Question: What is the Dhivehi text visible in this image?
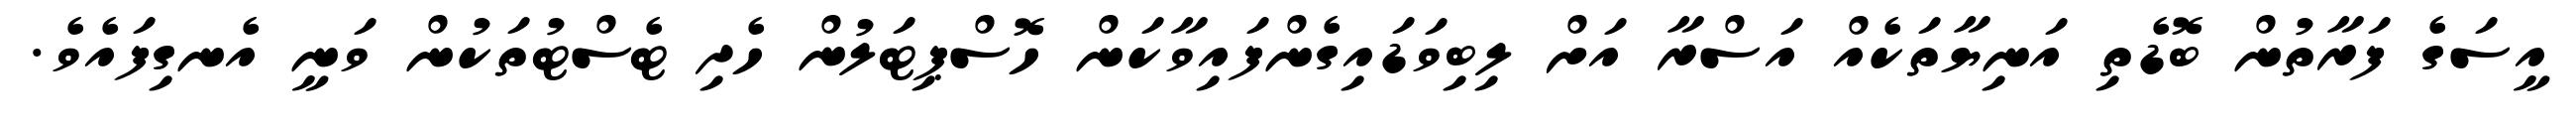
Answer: އީސަގެ ފަރާތުން ބޮޑެތި އަނިޔާތަކެއް އަސްރާ އަށް ލިބިވަޑައިގެންފައިވާކަން ހޮސްޕިޓަލުން ހެދި ޓެސްޓުތަކުން ވަނީ އެނގިފައެވެ.